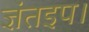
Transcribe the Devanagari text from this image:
ज्ञंतइप।